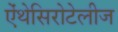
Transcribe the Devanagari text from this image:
ऐंथेसिरोटेलीज